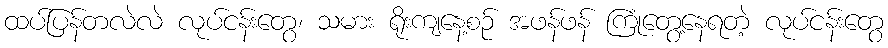
ထပ်ပြန်တလဲလဲ လုပ်ငန်းတွေ၊ သမား ရိုးကျနေ့စဉ် အဖန်ဖန် ကြုံတွေ့နေရတဲ့ လုပ်ငန်းတွေ